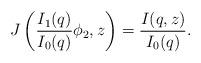
LaTeX: \begin{align*}J\left(\frac{I_1(q)}{I_0(q)}\phi_2,z\right)=\frac{I(q,z)}{I_0(q)}.\end{align*}